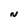
Character: N